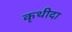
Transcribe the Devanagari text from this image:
कृथीदा